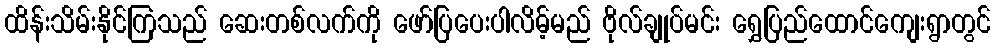
ထိန်းသိမ်းနိုင်ကြသည် ဆေးတစ်လက်ကို ဖော်ပြပေးပါလိမ့်မည် ဗိုလ်ချုပ်မင်း ရွှေပြည်ထောင်ကျေးရွာတွင်